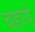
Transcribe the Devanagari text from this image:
चहाये